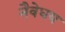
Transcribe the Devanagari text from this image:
नैवेधय